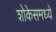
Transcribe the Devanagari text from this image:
शोकेसमध्ये